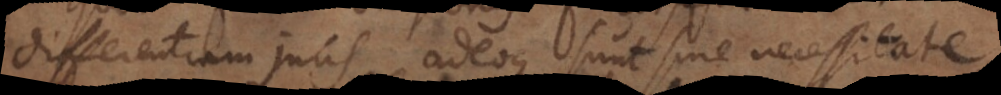
differentiam juris adeoque sunt sine necessitate,